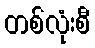
တစ်လုံးစီ